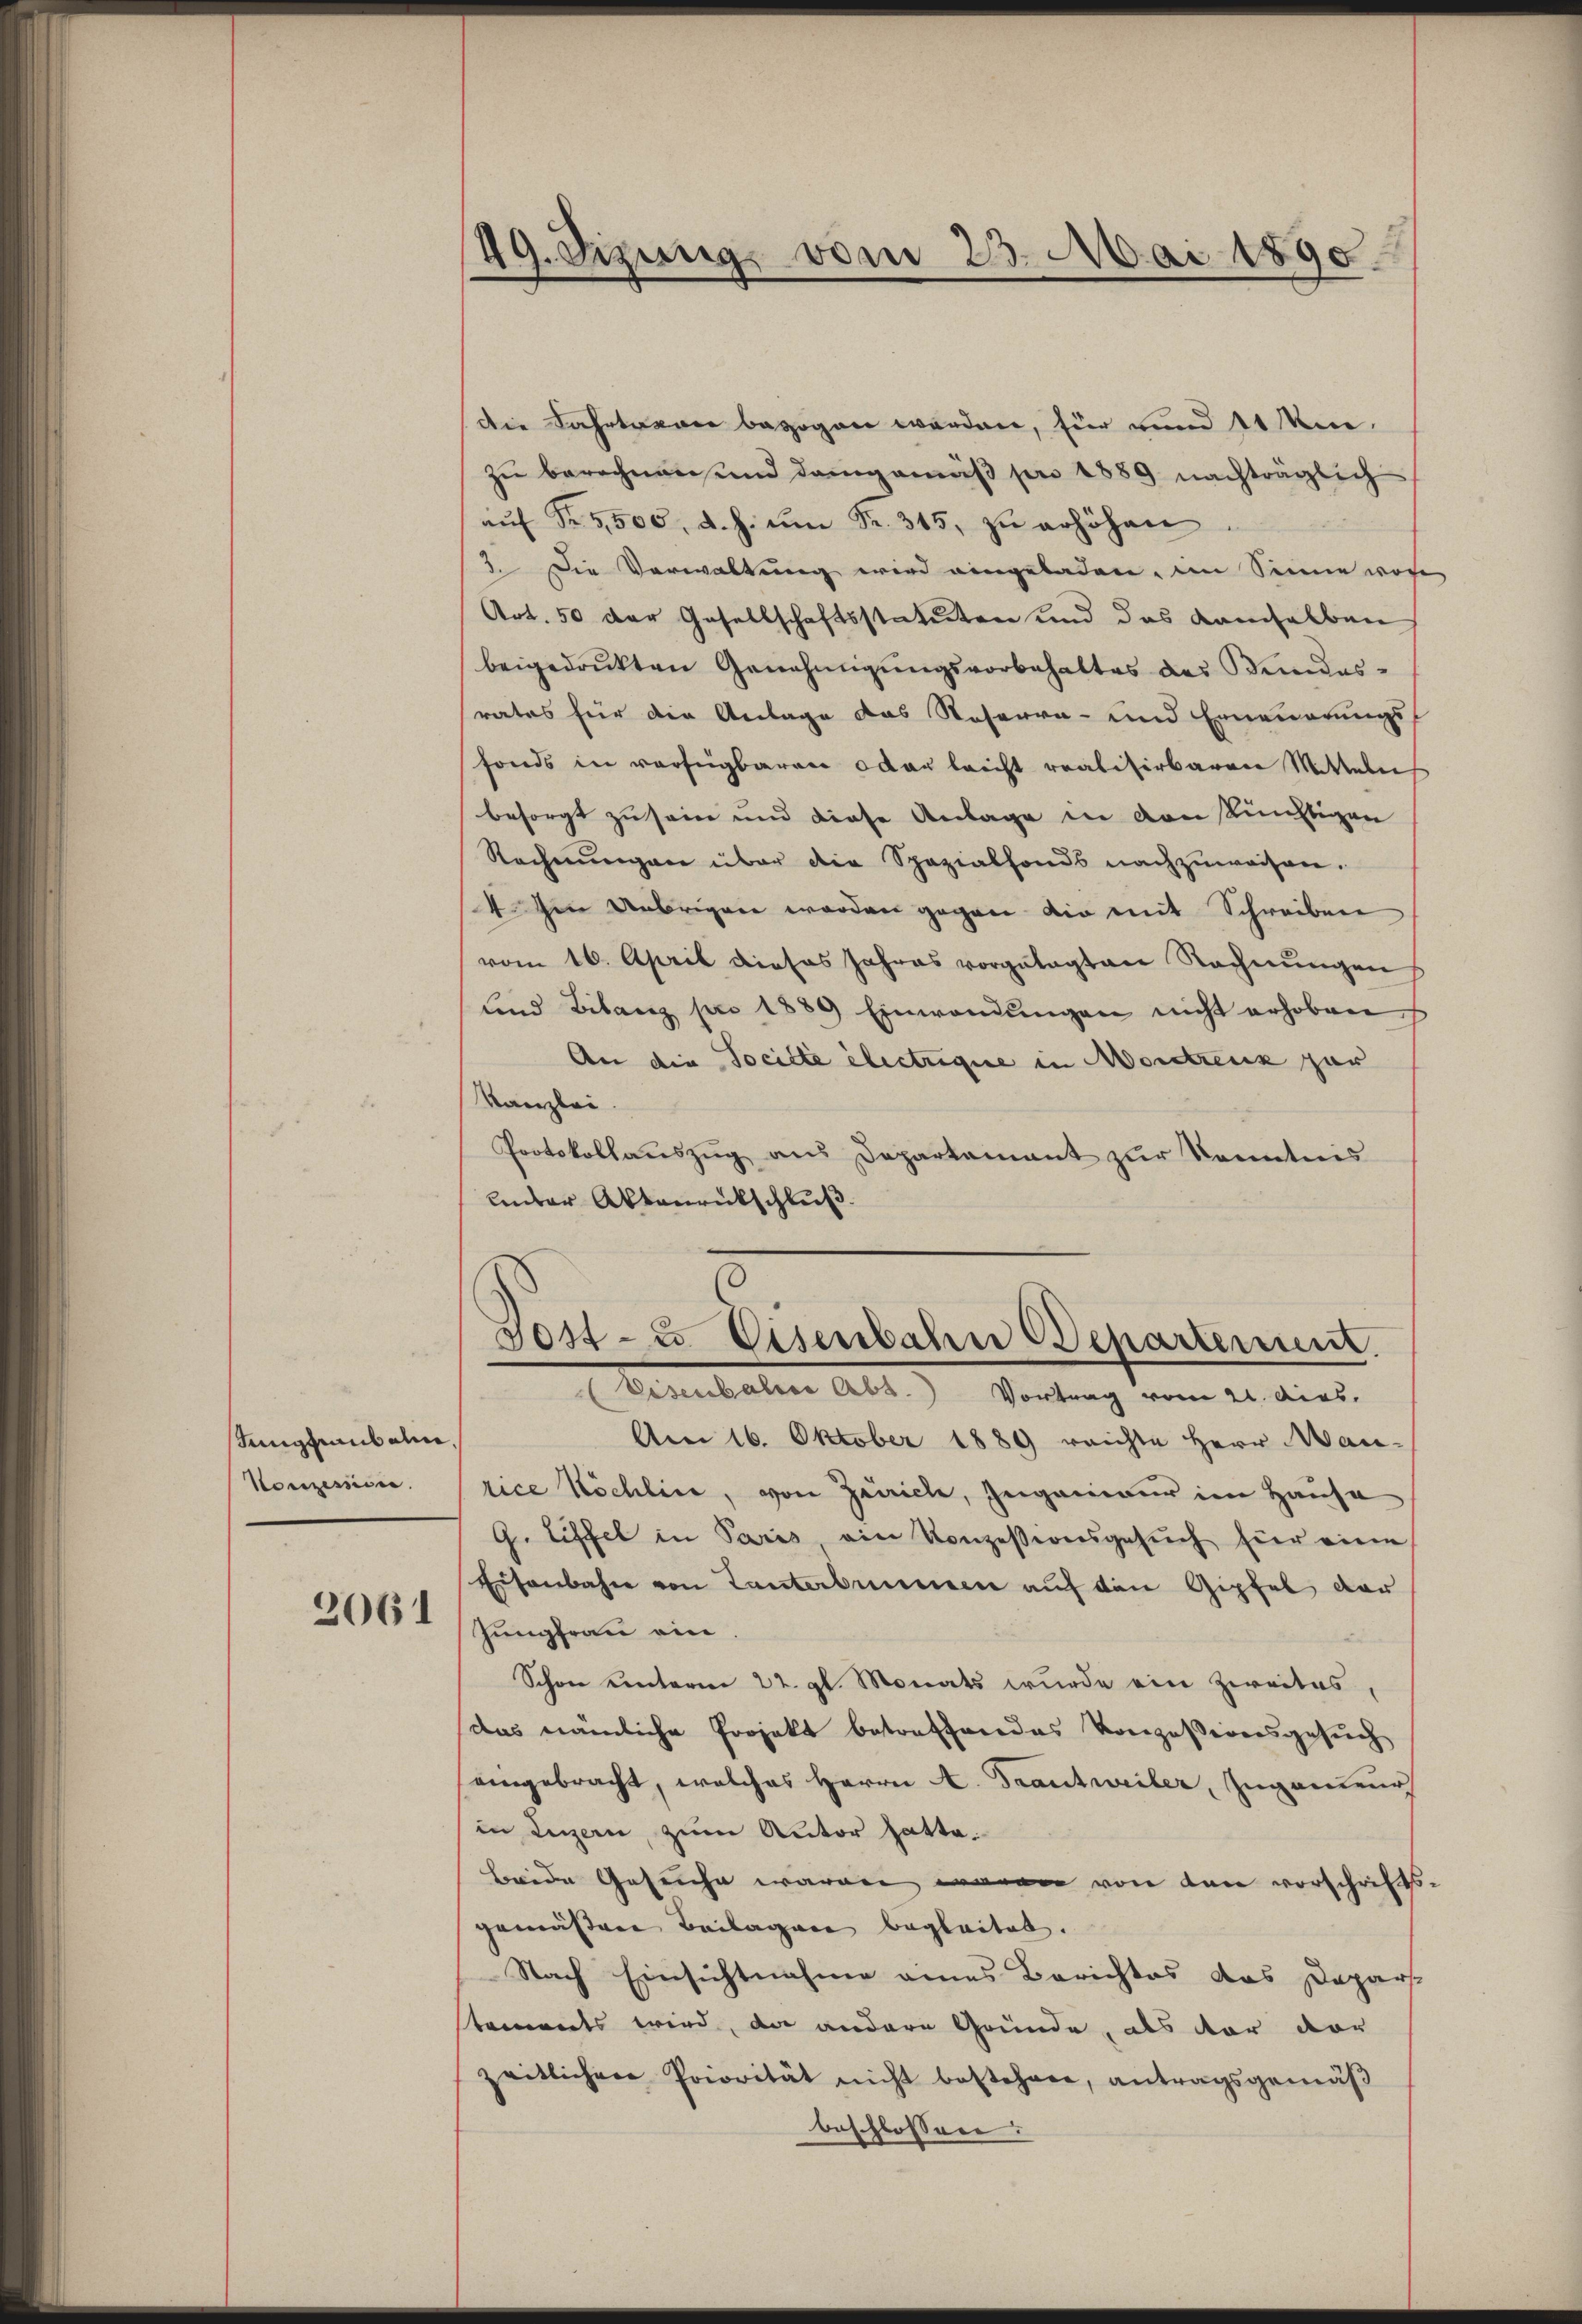
Jungfenbahne,
Konzessiven.

2061

49. Sizung vom 23. Mai 1890.

die Fahrterner bezogen werden, für und 11 u.
zŭ berechnen und demgemäß pro 1889 nachträglich
aŭf Fr. 5500. d. h. ŭm Fr. 345, zu erhöhen
3. Die Verwaltung wird eingeladen, im Sinne vor
Art. 50 der Gesellschaftsstatuten und das kamselben
beigedrukten Genehmigungsvorbehaltes des Bundesrates für die Anlage das Reserra- und Erneuerungs-
fonds in verfügbaren oder leicht realisirbaren Mitteln
besorgt zu seine und diese Anlage in von künftigen
Rechnungen über die Spezialfonds nachzuweisen.
4 den Uebrigen worden gegen die mit Schreiben
vom 16. April dieses Jahres vorgelegten Rechnŭngen
und Bilanz pro 1889 Einwendŭngen nicht erhoben
An die Société électrigue in Morstreuz gar
Kanzlei.
Protokollauszug aus Departement zur Kenntnis
unter Aktenrückschluß.
Jost- u Eisenbahn Departement.
(Visenbalise Abs.) Vortrag vom 21. dies
Am 16. Oktober 1889 reichte Herr Manrice Köchlin, von Zürich, Ingenieur im Hause
G. Löffel in Paris ein Konzessionsgesuch für eine
Eisenbahn von Tanterbummern auf den Gipfel der
Jungfrau ein.
Schon unterm 22. gl. Monats wurde ein Zweites,
das nämliche Projekt betreffendes Konzessionsgesuch
eingebracht, welches Herrn A. Frantweiler, Zuganzenr
in Luzern, zum Autor hatte.
Beide Gesuche waren waren von den vorschrifts
gemässene Beilagen begleitet.
Nach Einsichtnahme eines Berichtes das Dapars
tements wird, da andere Gründe, als dar vor
zeitlichen Priorität nicht bestehen, antragsgemäβ
beschlossen: